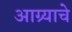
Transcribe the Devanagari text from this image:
आग्र्याचे